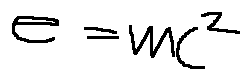
e = m c ^ { 2 }